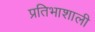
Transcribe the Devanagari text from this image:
प्रतिभाशाली